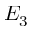
E _ { 3 }